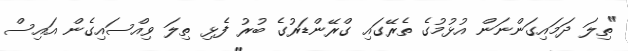
"ތިލަ ދަމައިގަންނަން އުޅުމުގެ ތެރޭގައި ގްރޭންޑަރުގެ ބުރު ފެޅި ތިލަ ވިއްސައިގެން އައިސް